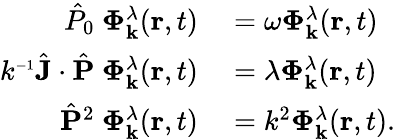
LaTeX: \begin{array}{rl}{\hat{P}_{0}~\boldsymbol{\Phi}_{\mathbf{k}}^{\lambda}(\mathbf{r},t)}&{{}=\omega\boldsymbol{\Phi}_{\mathbf{k}}^{\lambda}(\mathbf{r},t)}\\ {k^{\scriptscriptstyle{-1}}\hat{\mathbf{J}}\cdot\hat{\mathbf{P}}~\boldsymbol{\Phi}_{\mathbf{k}}^{\lambda}(\mathbf{r},t)}&{{}=\lambda\boldsymbol{\Phi}_{\mathbf{k}}^{\lambda}(\mathbf{r},t)}\\ {\hat{\mathbf{P}}^{2}~\boldsymbol{\Phi}_{\mathbf{k}}^{\lambda}(\mathbf{r},t)}&{{}=k^{2}\boldsymbol{\Phi}_{\mathbf{k}}^{\lambda}(\mathbf{r},t).}\end{array}